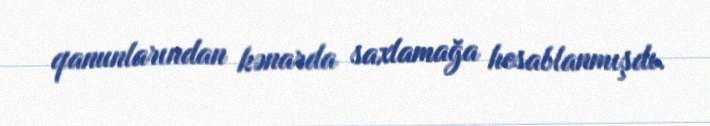
qanunlarından kənarda saxlamağa hesablanmışdı.